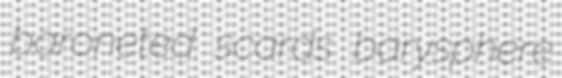
baroneted scards barysphere